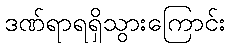
ဒဏ်ရာရရှိသွားကြောင်း